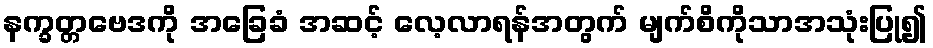
နက္ခတ္တဗေဒကို အခြေခံ အဆင့် လေ့လာရန်အတွက် မျက်စိကိုသာအသုံးပြု၍